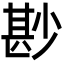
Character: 尠